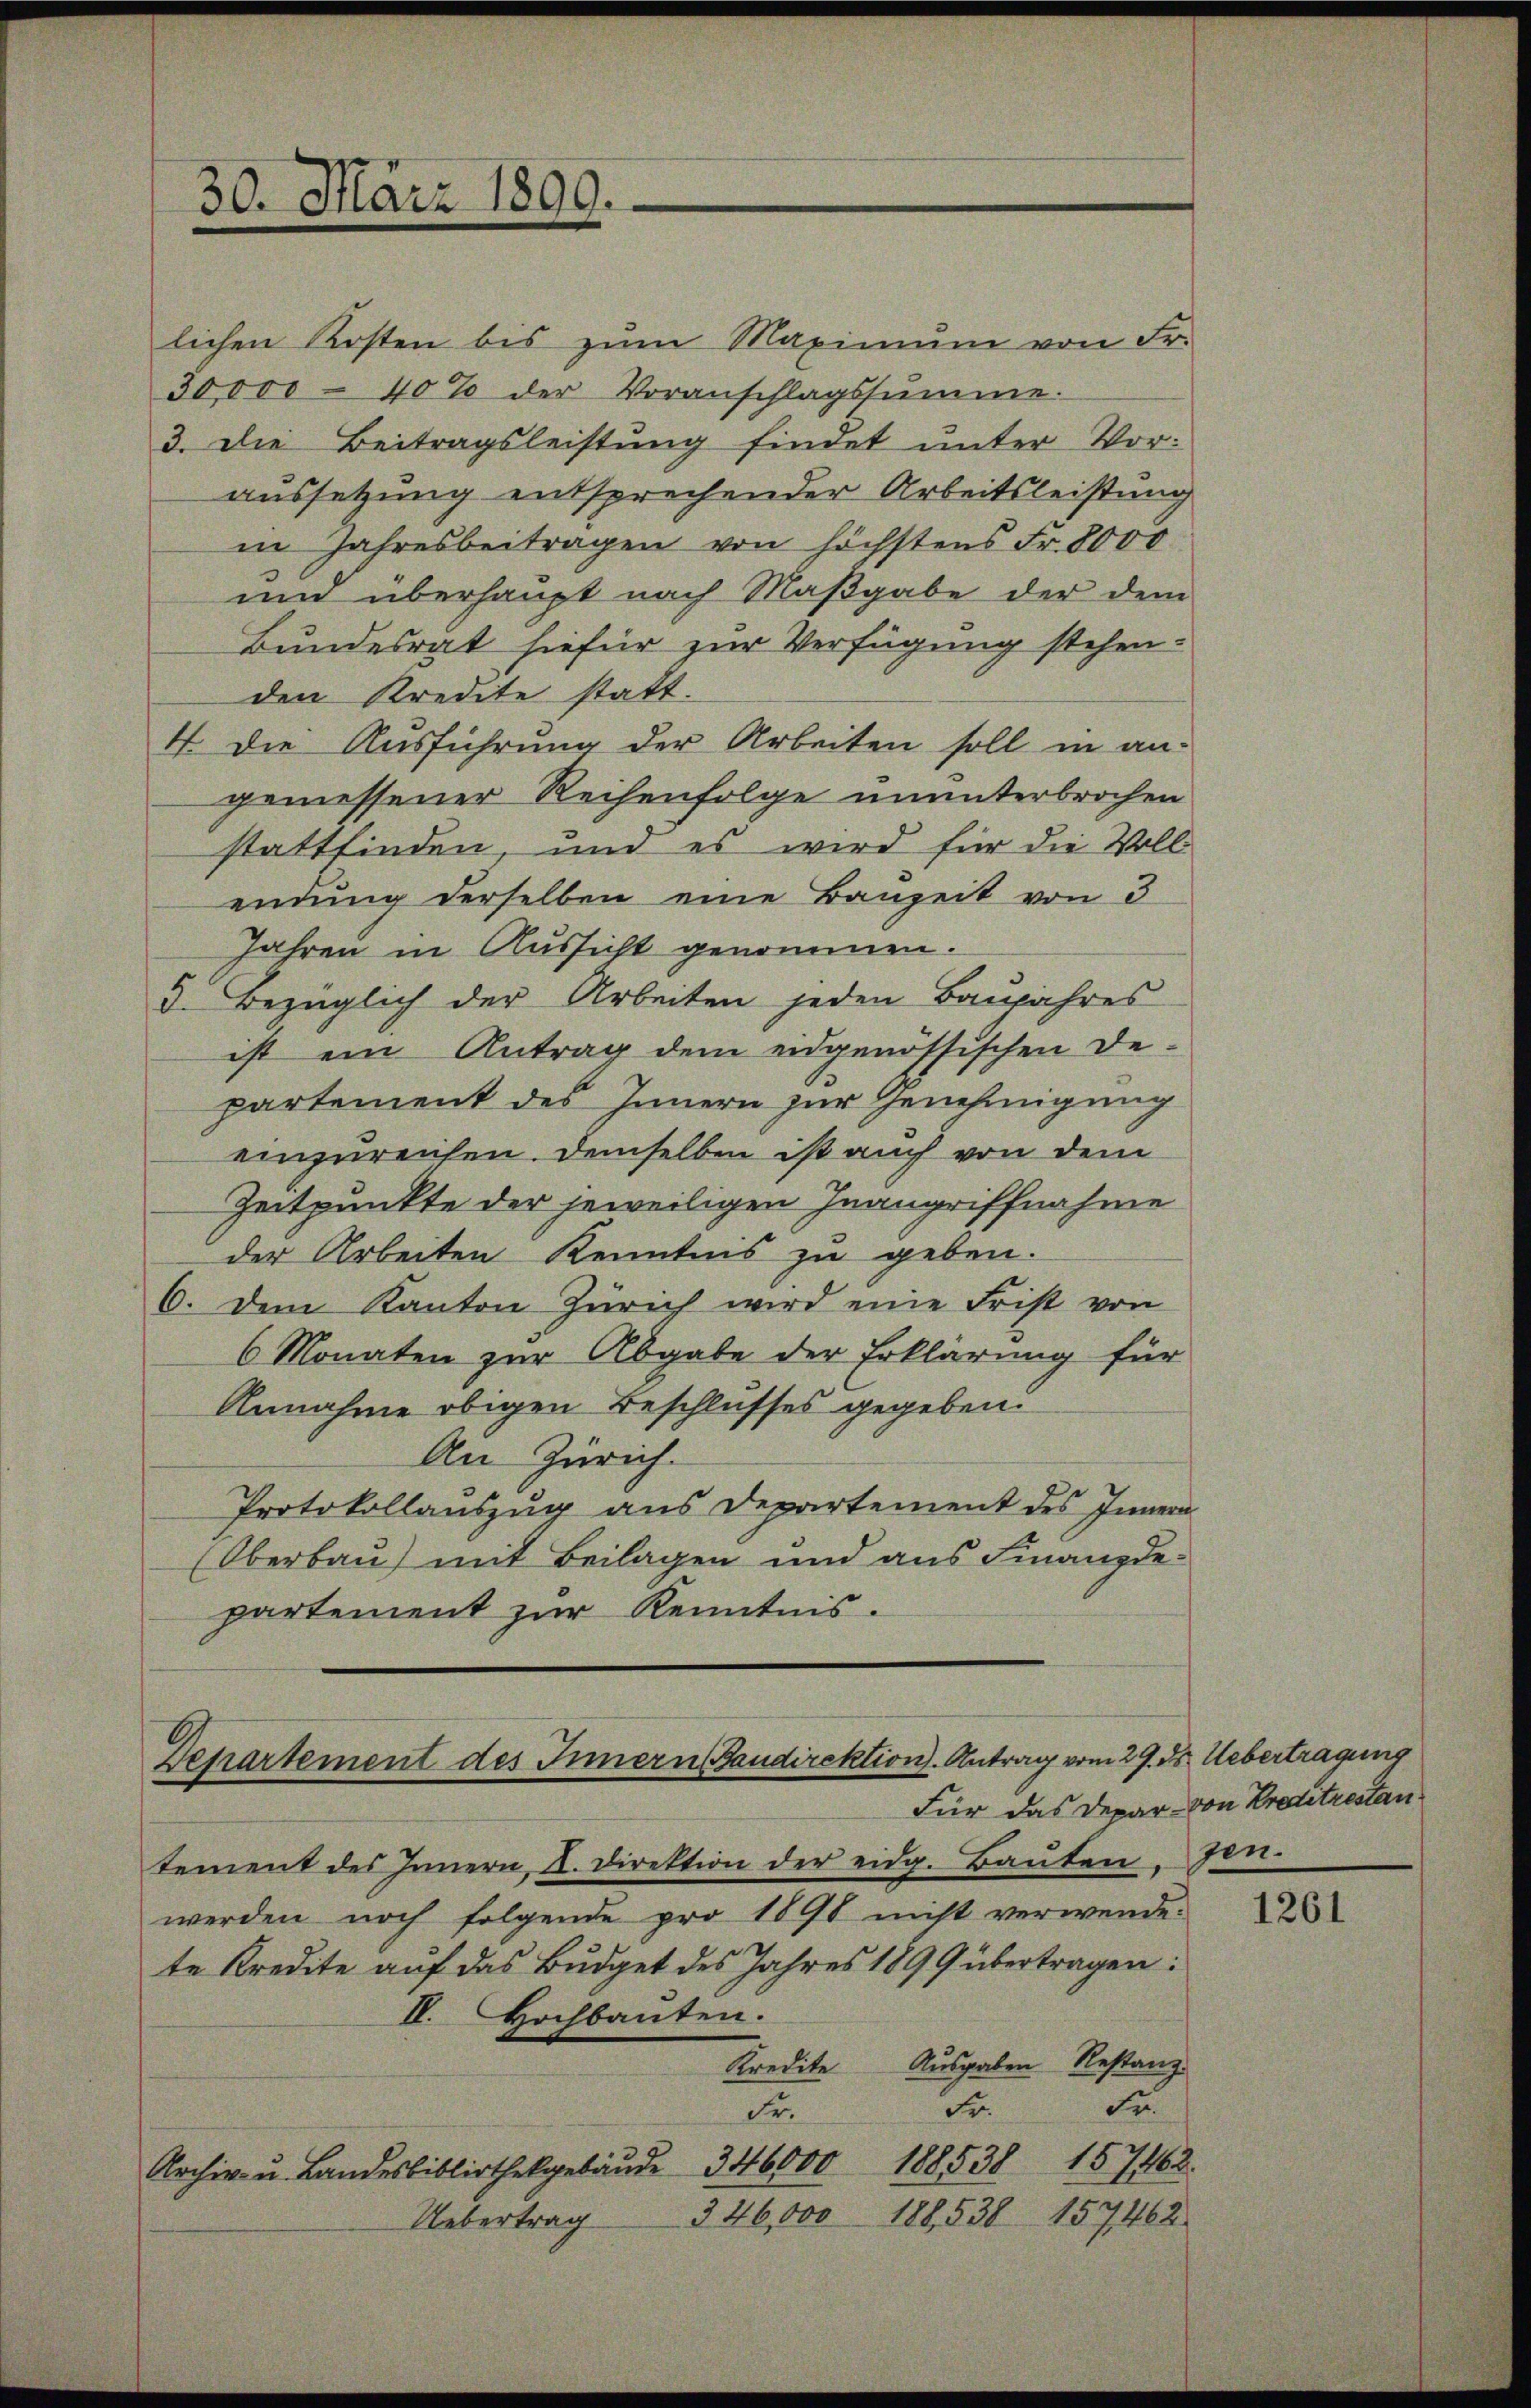
lichen Kosten bis zŭm Maximŭm von Fr.
30,000 - 40% der Voranschlagssumme.
3. Die Beitragsleistung findet unter Voraussetzung entsprechender Arbeitsleistung
in Jahresbeitragen von höchstens Fr. 8000
um überhaupt nach Maβgabe der dem
Bundesrat hiefür zur Verfügung stehen.
den Kredite statt.
4. Die Ausführung der Arbeiten soll in an-
gemessener Reihenfolge ununterbrochen
stattfinden, und es wird für die Vollendung derselben eine Bauzeit von 3
Jahren in Aussicht genommen.
d. Bezüglich der Arbeiten jeden Baujahres
ist ein Antrag dem eidgenössischen De-
partement des Innern zur Genehmigung
einzureichen. Demselben ist auch von dem
Zeitpunkte der jeweiligen Inangriffnahme
der Arbeiten Kenntnis zu geben.
C. dem Kanton Zürich wird eine Frist von
6 Monaten zur Abgabe der Erklärung für
Annahme obigen Beschlusses gegeben.
An Zürich.
Protokollauszug aus Departement des Innern
Oberbau) mit Beilagen und aus Finanzdepartement zur Kenntnis.

Departement des Innern Baudirektion. Antrag vom 29. ds. Uebertragung
Für das Depar- von Preditrestan

30. März 1899.

tement des Innern, I. Direktion der eidg. Baŭten. Jen
werden noch folgende pro 1890 nicht verwende.
te Kredite auf das Budget des Jahres 1899 übertragen:
IV. Hochbauten.
Kredite Ausgaben Restanz
Fr. Fr.
Fr.
Archiv u. Landesbibliothekgebäŭde 346000 188538 157462.
346,000
188,538 157462.
Uebertrag

1261